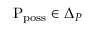
\mathrm { P } _ { \mathrm { p o s s } } \in \Delta _ { P }